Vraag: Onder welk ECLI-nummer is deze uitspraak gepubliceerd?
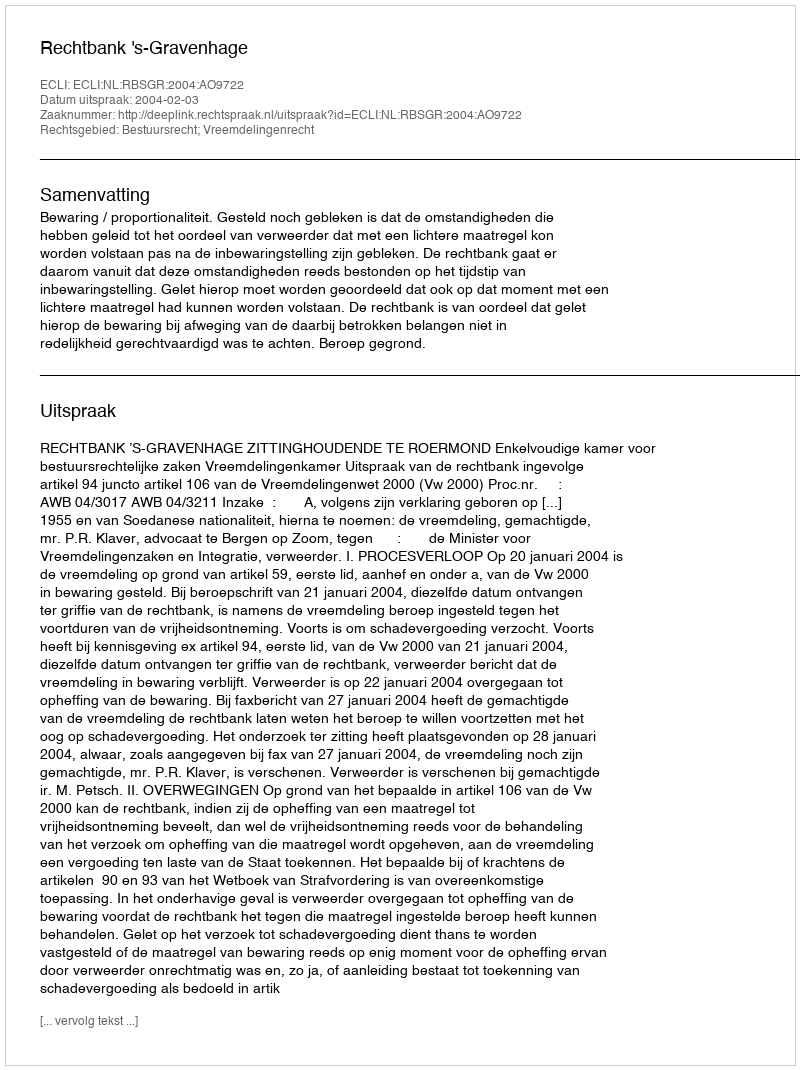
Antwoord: ECLI:NL:RBSGR:2004:AO9722